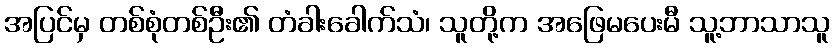
အပြင်မှ တစ်စုံတစ်ဦး၏ တံခါးခေါက်သံ၊ သူတို့က အဖြေမပေးမီ သူ့ဘာသာသူ